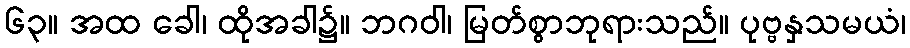
၆၃။ အထ ခေါ၊ ထိုအခါ၌။ ဘဂဝါ၊ မြတ်စွာဘုရားသည်။ ပုဗ္ဗနှသမယံ၊